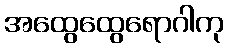
အထွေထွေရောဂါကု